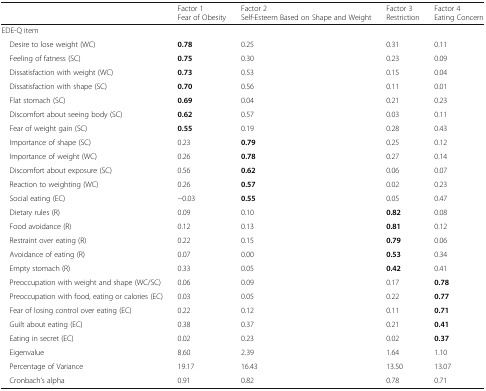
|  | Factor 1 Fear of Obesity | Factor 2 Self-Esteem Based on Shape and Weight | Factor 3 Restriction | Factor 4 Eating Concern |
 | --- | --- | --- | --- | --- |
 | <COLSPAN=5> EDE-Q item |
 | Desire to lose weight (WC) | 0.78 | 0.25 | 0.31 | 0.11 |
 | Feeling of fatness (SC) | 0.75 | 0.30 | 0.23 | 0.09 |
 | Dissatisfaction with weight (WC) | 0.73 | 0.53 | 0.15 | 0.04 |
 | Dissatisfaction with shape (SC) | 0.70 | 0.56 | 0.11 | 0.01 |
 | Flat stomach (SC) | 0.69 | 0.04 | 0.21 | 0.23 |
 | Discomfort about seeing body (SC) | 0.62 | 0.57 | 0.03 | 0.11 |
 | Fear of weight gain (SC) | 0.55 | 0.19 | 0.28 | 0.43 |
 | Importance of shape (SC) | 0.23 | 0.79 | 0.25 | 0.12 |
 | Importance of weight (WC) | 0.26 | 0.78 | 0.27 | 0.14 |
 | Discomfort about exposure (SC) | 0.56 | 0.62 | 0.06 | 0.07 |
 | Reaction to weighting (WC) | 0.26 | 0.57 | 0.02 | 0.23 |
 | Social eating (EC) | −0.03 | 0.55 | 0.05 | 0.47 |
 | Dietary rules (R) | 0.09 | 0.10 | 0.82 | 0.08 |
 | Food avoidance (R) | 0.12 | 0.13 | 0.81 | 0.12 |
 | Restraint over eating (R) | 0.22 | 0.15 | 0.79 | 0.06 |
 | Avoidance of eating (R) | 0.07 | 0.00 | 0.53 | 0.34 |
 | Empty stomach (R) | 0.33 | 0.05 | 0.42 | 0.41 |
 | Preoccupation with weight and shape (WC/SC) | 0.06 | 0.09 | 0.17 | 0.78 |
 | Preoccupation with food, eating or calories (EC) | 0.03 | 0.05 | 0.22 | 0.77 |
 | Fear of losing control over eating (EC) | 0.22 | 0.12 | 0.11 | 0.71 |
 | Guilt about eating (EC) | 0.38 | 0.37 | 0.21 | 0.41 |
 | Eating in secret (EC) | 0.02 | 0.23 | 0.02 | 0.37 |
 | Eigenvalue | 8.60 | 2.39 | 1.64 | 1.10 |
 | Percentage of Variance | 19.17 | 16.43 | 13.50 | 13.07 |
 | Cronbach’s alpha | 0.91 | 0.82 | 0.78 | 0.71 |